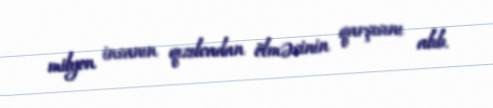
milyon insanın qızılcadan ölməsinin qarşısını alıb.